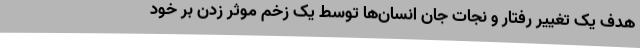
هدف یک تغییر رفتار و نجات جان انسان‌ها توسط یک زخم موثر زدن بر خود